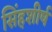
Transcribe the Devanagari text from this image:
सिंहशीर्ष